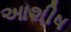
આશીષ